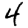
Digit: 4